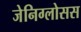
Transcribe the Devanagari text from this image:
जेनिग्लोसस